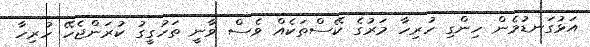
އަޅުގަނޑުމެން ހިންގި ހުރިހާ މަރުގެ ކޭސްތަކެއް ވެސް ވާނީ ތަހުގީގު ކުރަންޖެހޭ ހުރިހާ